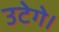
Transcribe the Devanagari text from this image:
उटेगे।